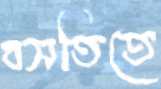
বসতিতে